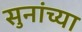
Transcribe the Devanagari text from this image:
सुनांच्या